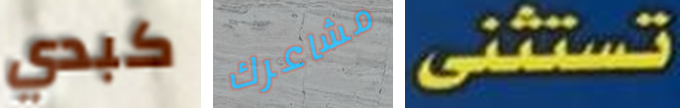
كبدي مشاعرك تستثنى